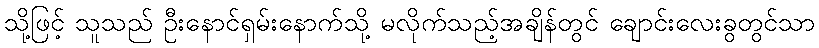
သို့ဖြင့် သူသည် ဦးနောင်ရှမ်းနောက်သို့ မလိုက်သည့်အချိန်တွင် ချောင်းလေးခွတွင်သာ